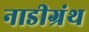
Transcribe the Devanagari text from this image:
नाडीग्रंथ